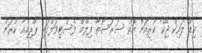
ކިޑް ލައިކް ޖޭކް' ކުރިއަށް އޮތް ސަރަސޯތާ ފިލްމް ފެސްޓިވަލްގައި ޕްރިމިއާ ކުރަން